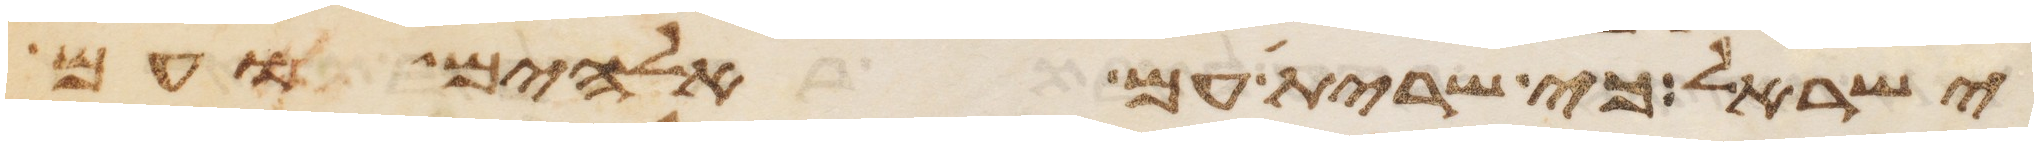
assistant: ישראל כי שרית עם אלהים ועם